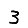
Digit: 3